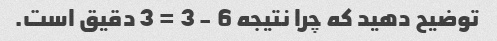
توضیح دهید که چرا نتیجه 6 - 3 = 3 دقیق است.